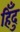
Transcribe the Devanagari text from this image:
हिँदु